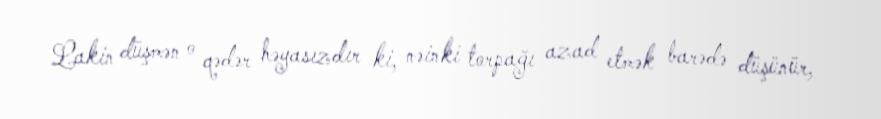
Lakin düşmən o qədər həyasızdır ki, nəinki torpağı azad etmək barədə düşünür,